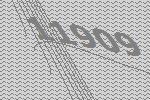
11909